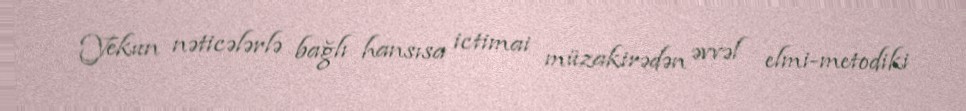
Yekun nəticələrlə bağlı hansısa ictimai müzakirədən əvvəl elmi-metodiki